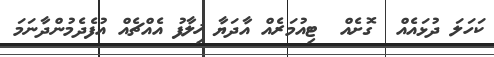
ކަހަލަ ދުޅައެއް  ގޮށެއް  ޓިއުމަރެއް އާދަޔާ ޚިލާފު އެއްޗެއް އުފެދެމުންދާނަމަ